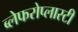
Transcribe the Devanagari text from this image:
ब्लेफरोप्लास्टी